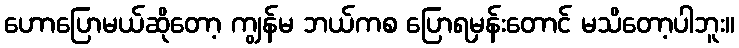
ဟောပြောမယ်ဆိုတော့ ကျွန်မ ဘယ်ကစ ပြောရမှန်းတောင် မသိတော့ပါဘူး။